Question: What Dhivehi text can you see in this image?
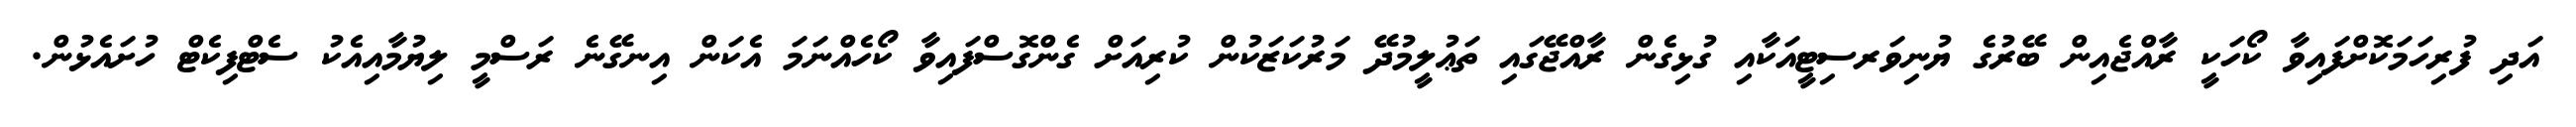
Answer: އަދި ފުރިހަމަކޮށްފައިވާ ކޯހަކީ ރާއްޖެއިން ބޭރުގެ ޔުނިވަރސިޓީއަކާއި ގުޅިގެން ރާއްޖޭގައި ތަޢުލީމުދޭ މަރުކަޒަކުން ކުރިއަށް ގެންގޮސްފައިވާ ކޯހެއްނަމަ އެކަން އިނގޭނެ ރަސްމީ ލިޔުމާއިއެކު ސެޓްފިކެޓް ހުށައެޅުން.